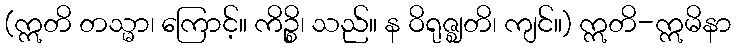
(ဣတိ တသ္မာ၊ ကြောင့်။ ကိဉ္စိ၊ သည်။ န ဝိရုဇ္ဈတိ၊ ကျင်။) ဣတိ-ဣမိနာ